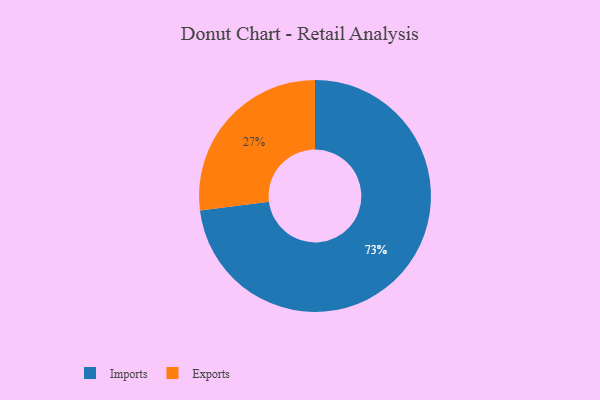
{"axis": {"x": "Category", "y": "Percentage"}, "legend": ["Exports", "Imports"], "data": [{"x": "Imports", "y": 73, "type": "Imports"}, {"x": "Exports", "y": 27, "type": "Exports"}]}